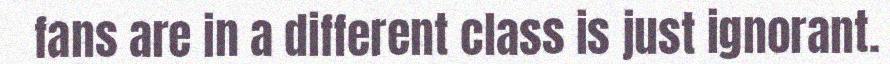
fans are in a different class is just ignorant.